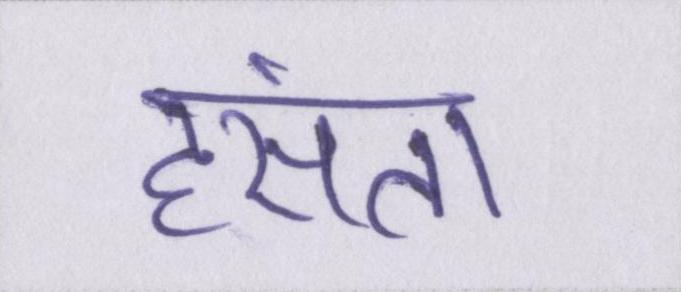
हंसता